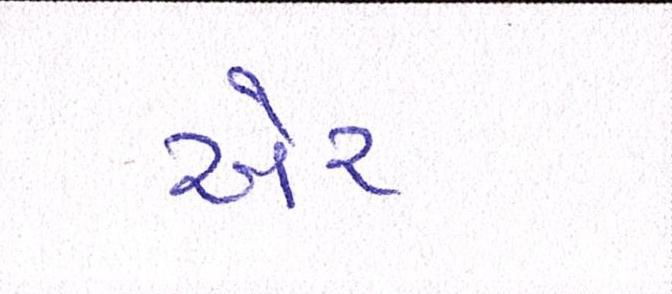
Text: ઍર